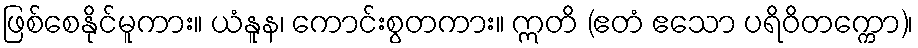
ဖြစ်စေနိုင်မူကား။ ယံနူန၊ ကောင်းစွတကား။ ဣတိ (ဧတံ ဧသော ပရိဝိတက္ကော)၊